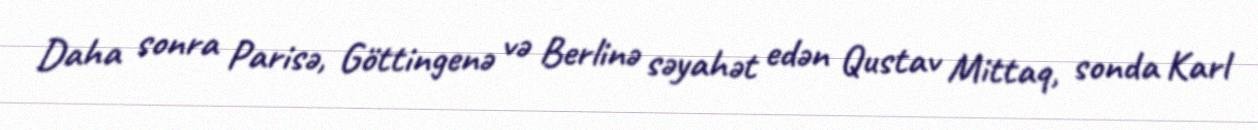
Daha sonra Parisə, Göttingenə və Berlinə səyahət edən Qustav Mittaq, sonda Karl